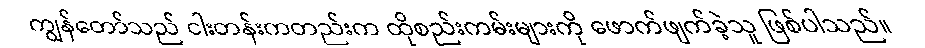
ကျွန်တော်သည် ငါးတန်းကတည်းက ထိုစည်းကမ်းများကို ဖောက်ဖျက်ခဲ့သူ ဖြစ်ပါသည်။